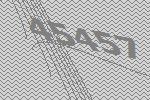
45457